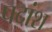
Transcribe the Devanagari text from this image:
पदांश